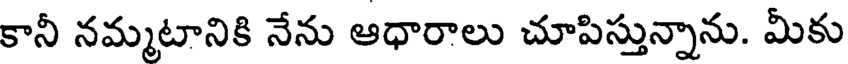
కానీ నమ్మటానికి నేను ఆధారాలు చూపిస్తున్నాను. మీకు